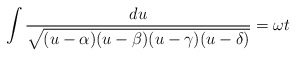
\begin{align*}\int \frac{du}{\sqrt{(u-\alpha)(u-\beta)(u-\gamma)(u-\delta)}}= \omega t\end{align*}